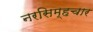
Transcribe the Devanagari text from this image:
नरसिम्हचार